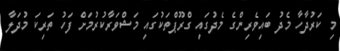
މި ކަރުދާހާ މެދު ބައިވެރިންގެ މެދުގައި ގްރޫޕްތަކުގައި މަޝްވަރާކުރުމަށް ފަހު ތަރިކަ މުދަލާ